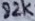
Text: 82K